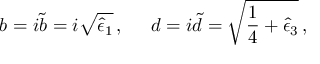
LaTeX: b = i \tilde { b } = i \sqrt { \hat { \epsilon } _ { 1 } } \, , \; \; \; \; \; d = i \tilde { d } = \sqrt { \frac { 1 } { 4 } + \hat { \epsilon } _ { 3 } } \, ,